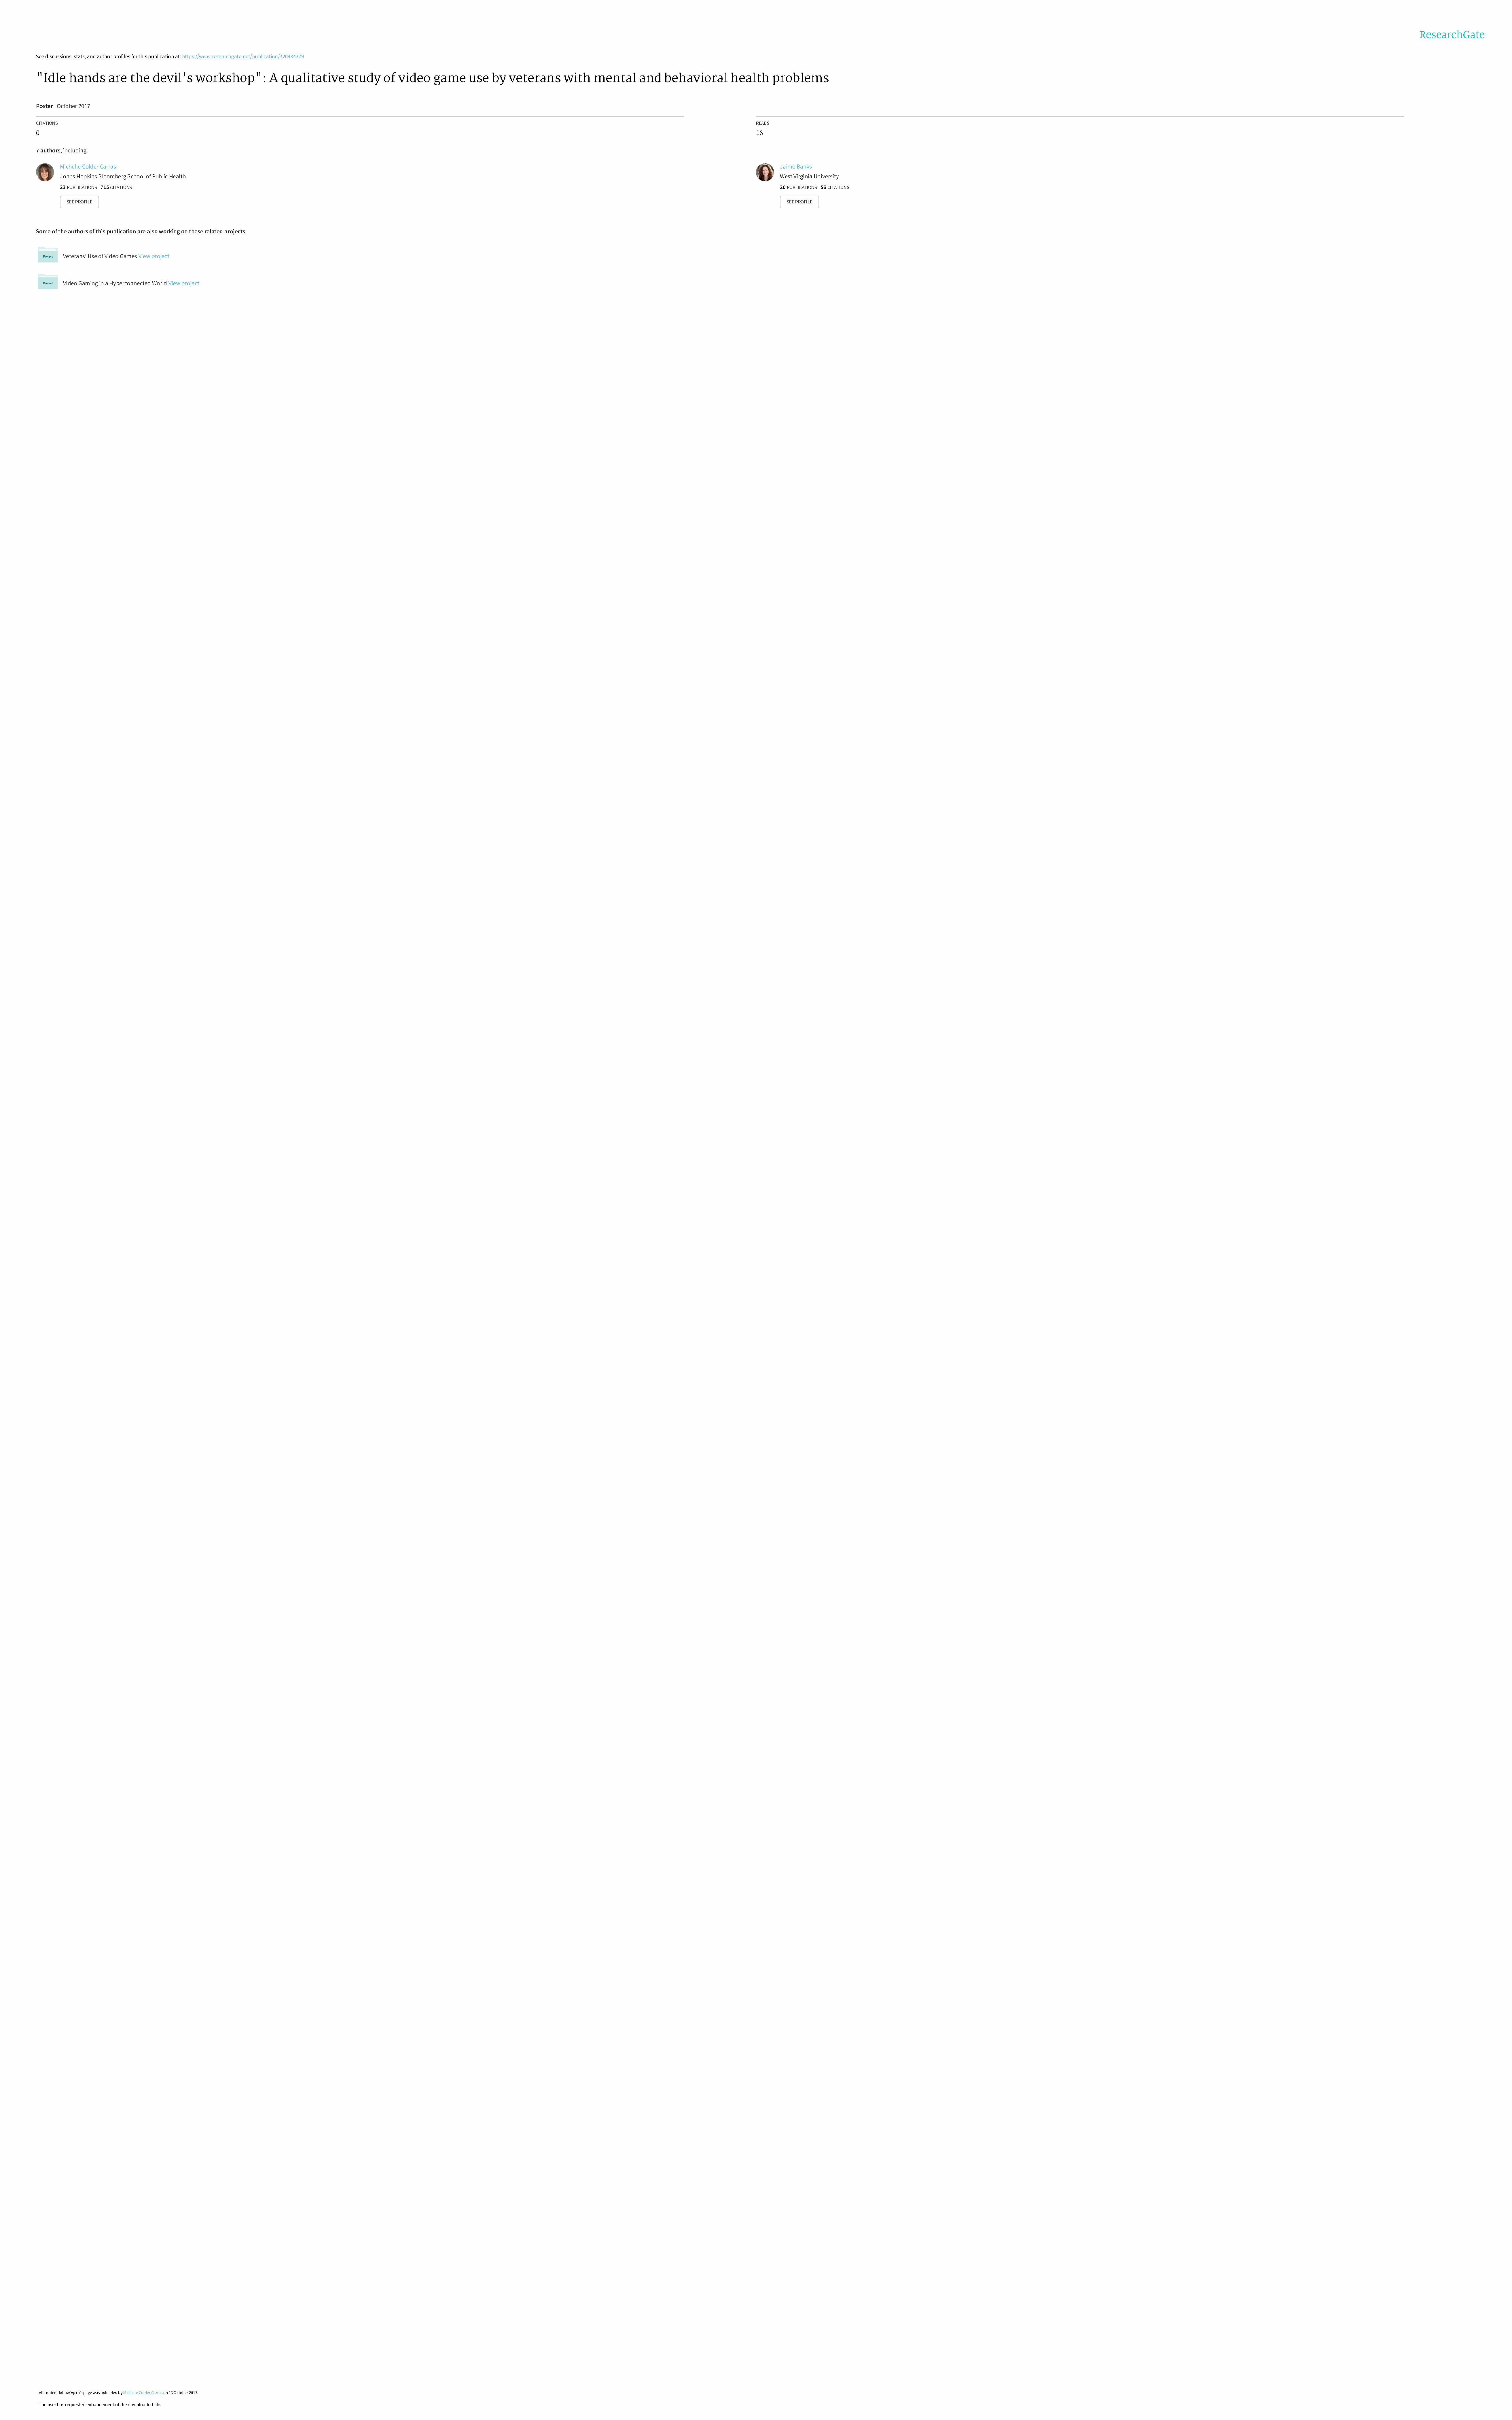
See discussions, stats, and author profiles for this publication at: https://www.researchgate.net/publication/320434329
 "Idle   hands    are  the  devil's   workshop":       A  qualitative    study   of  video   game    use  by  veterans     with  mental     and   behavioral     health    problems
 Poster · October 2017
 CITATIONS                                                                                                                                                             READS
 0                                                                                                                                                                     16
 7 authors, including:
 Michelle Colder Carras                                                                                                                                               Jaime Banks
 Johns Hopkins Bloomberg School of Public Health                                                                                                                      West Virginia University
 23 PUBLICATIONS 715 CITATIONS                                                                                                                                        20 PUBLICATIONS 56 CITATIONS
 SEE PROFILE                                                                                                                                                           SEE PROFILE
 Some of the authors of this publication are also working on these related projects:
 Veterans' Use of Video Games View project
 Video Gaming in a Hyperconnected World View project
 All content following this page was uploaded by Michelle Colder Carras on 16 October 2017.
 The user has requested enhancement of the downloaded file.